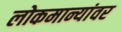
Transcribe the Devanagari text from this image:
लोकमान्यांवर